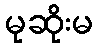
မုဆိုးမ